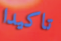
تاكيدا